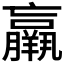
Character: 𦏞